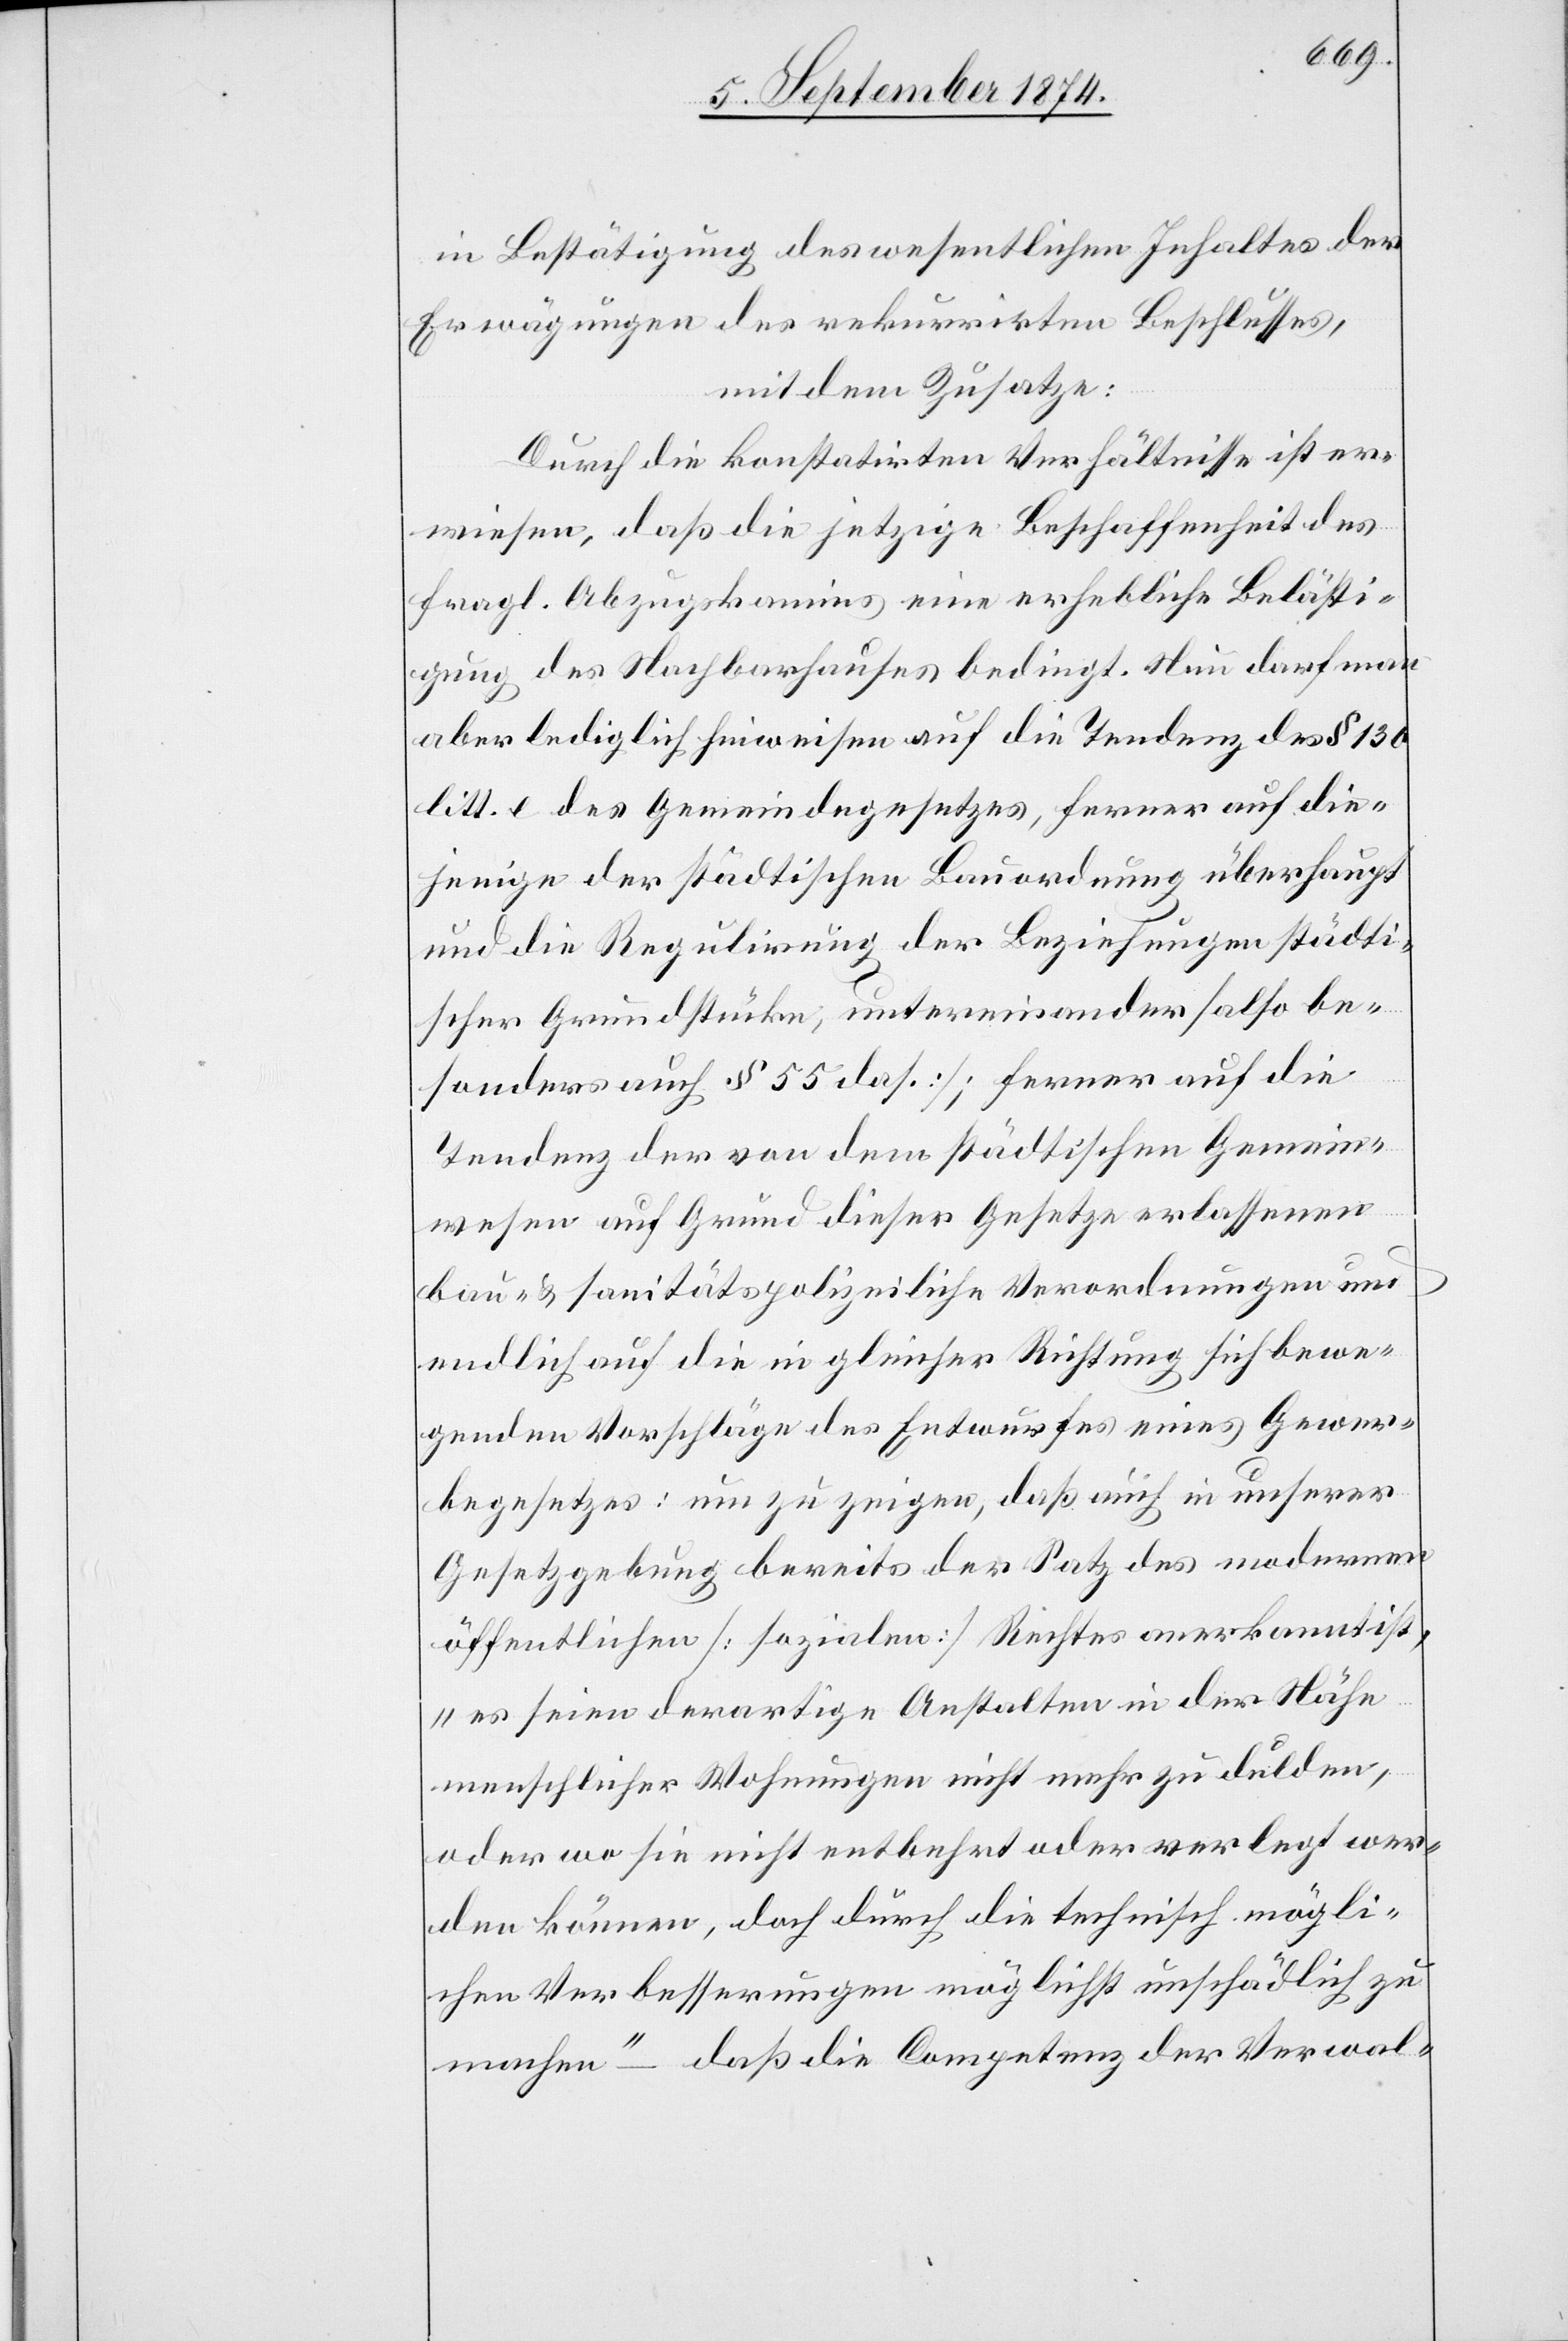
in Bestätigung des wesentlichen Inhaltes der
Erwägungen des rekurrirten Beschlusses,
mit dem Zusatze:
Durch die konstatirten Verhältnisse ist er¬
wiesen, daß die jetzige Beschaffenheit des
fragl. Abzugskamins eine erhebliche Belästi¬
gung des Nachbarhauses bedingt. Nun darf man
aber lediglich hinweisen auf die Tendenz des § 130
litt. e des Gemeindegesetzes, ferner auf die¬
jenige der städtischen Bauordnung überhaupt
und die Regulirung der Beziehungen städti¬
scher Grundstücke, untereinander [also be¬
sonders auch § 55 das.]; ferner auf die
Tendenz der von dem städtischen Gemein¬
wesen auf Grund dieser Gesetze erlassenen
bau- u. sanitätspolizeiliche Verordnungen und
endlich auf die in gleicher Richtung sich bewe¬
genden Vorschläge des Entwurfes eines Gewer¬
begesetzes, um zu zeigen, daß auch in unserer
Gesetzgebung bereits der Satz des modernen
öffentlichen [sozialen] Rechtes anerkannt ist,
„es seien derartige Anstalten in der Nähe
menschlicher Wohnungen nicht mehr zu dulden,
oder wo sie nicht entbehrt oder verlegt wer¬
den können, doch durch die technisch mögli¬
chen Verbesserungen möglichst unschädlich zu
machen“ – daß die Competenz der Verwal-